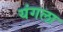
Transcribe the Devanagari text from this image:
यंगला